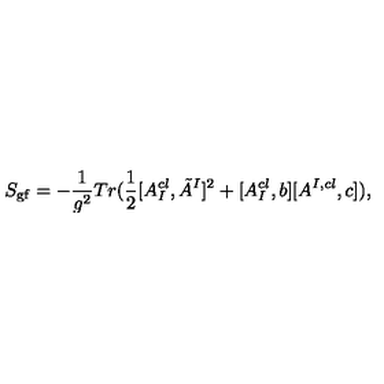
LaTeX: S _ { \mathrm { g f } } = - \frac { 1 } { g ^ { 2 } } T r ( \frac { 1 } { 2 } [ A _ { I } ^ { c l } , \tilde { A } ^ { I } ] ^ { 2 } + [ A _ { I } ^ { c l } , b ] [ A ^ { I , c l } , c ] ) ,